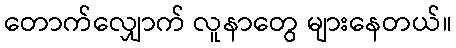
တောက်လျှောက် လူနာတွေ များနေတယ်။